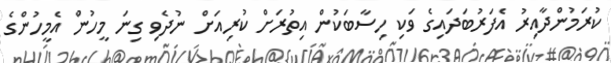
ކުރަމުންދާއިރު އެފަރުބަދައިގެ ވަކި ހިސާބަކުން އިތުރަށް ކުރިއަށް ނުދެވި ގިނަ މީހުން އެމީހުންގެ